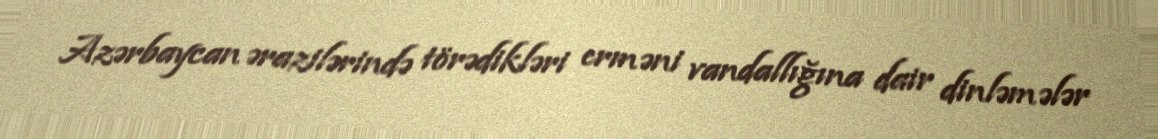
Azərbaycan ərazilərində törədikləri erməni vandallığına dair dinləmələr